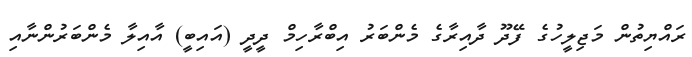
ރައްޔިތުން މަޖިލީހުގެ ފޭދޫ ދާއިރާގެ މެންބަރު އިބްރާހިމް ދީދީ (އައިބީ) އާއިލާ މެންބަރުންނާއި